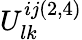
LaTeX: U_{lk}^{ij(2,4)}